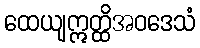
ထေယျဣတ္ထိအဝဒေသံ